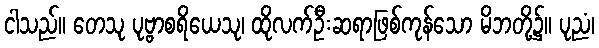
ငါသည်။ တေသု ပုဗ္ဗာစရိယေသု၊ ထိုလက်ဦးဆရာဖြစ်ကုန်သော မိဘတို့၌။ ပုညံ၊